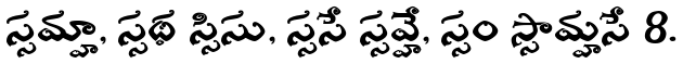
స్సమ్హా, స్సథ స్సిసు, స్ససే స్సవ్హే, స్సం స్సామ్హసే 8.